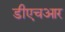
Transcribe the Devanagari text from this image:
डीएचआर